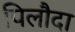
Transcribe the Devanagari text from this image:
पिलौदा